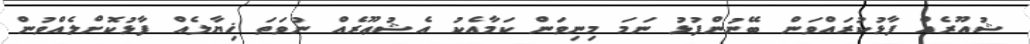
ޝުއޫރެއް ފާޅުކުރައްވަން ބޭނުންފުޅު ނަމަ މިނިވަން ކަމާއެކު އެޝުޢޫރެއް ނުވަތަ ޚިޔާލެއް ފާޅުކޮށްލެއްވުން